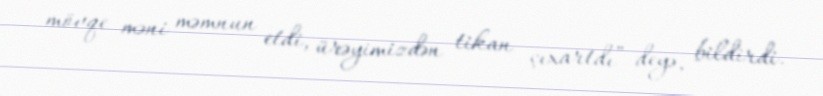
mövqe məni məmnun etdi, ürəyimizdən tikan çıxartdı”-deyə, bildirdi.